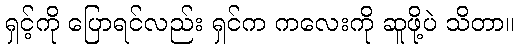
ရှင့်ကို ပြောရင်လည်း ရှင်က ကလေးကို ဆူဖို့ပဲ သိတာ။